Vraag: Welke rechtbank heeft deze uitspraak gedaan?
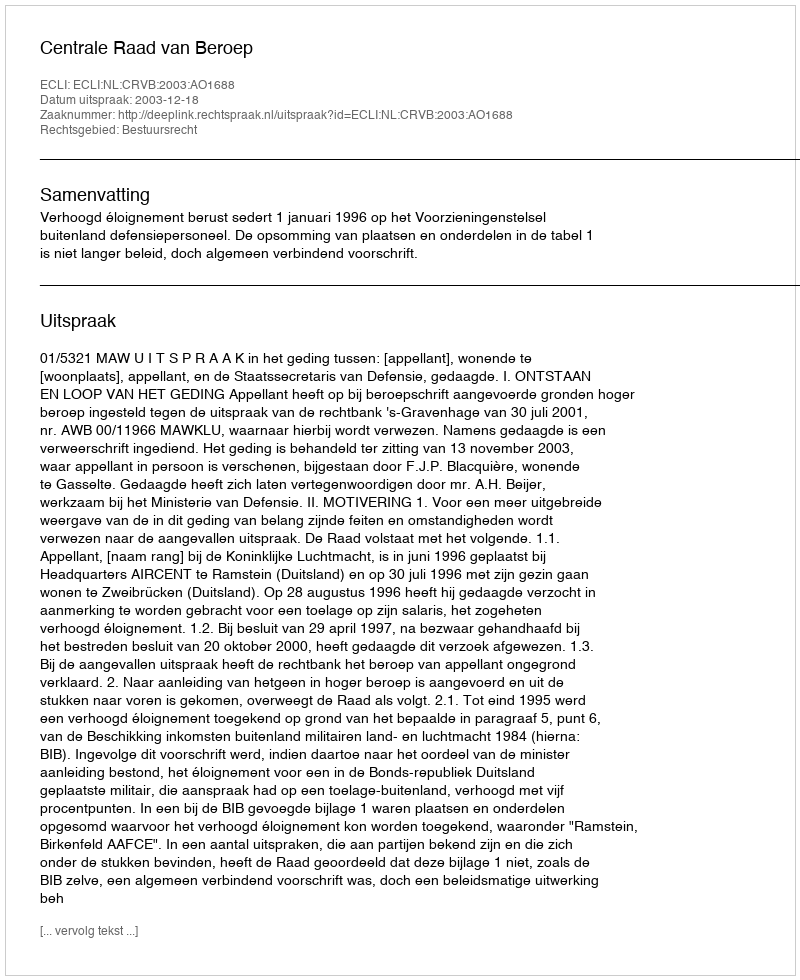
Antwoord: Centrale Raad van Beroep